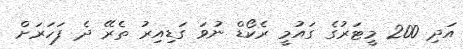
އަދި 200 މީޓަރުގެ ގައުމީ ރެކޯޑް ނުވަ ގަޑިއިރު ތެރޭ ދެ ފަހަރަށް